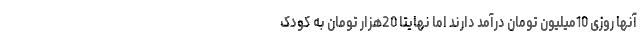
آنها روزی 10میلیون تومان درآمد دارند اما نهایتاً 20هزار تومان به کودک